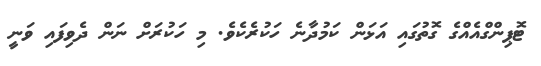
ޓޮޕިންގްއެއްގެ ގޮތުގައި އަޅަން ކަމުދާނެ ހަކުރެކެވެ. މި ހަކުރަށް ނަން ދެވިފައި ވަނީ